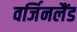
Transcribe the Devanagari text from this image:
वर्जिनलैंड